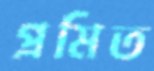
প্রমিত